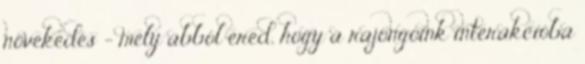
növekedés — mely abból ered, hogy a rajongóink interakcióba